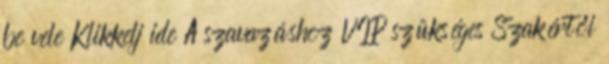
be vele Klikkelj ide A szavazáshoz VIP szükséges Szakértői